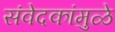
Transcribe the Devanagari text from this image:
संवेदकांमुळे